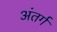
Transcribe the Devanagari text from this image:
अंतर्ग